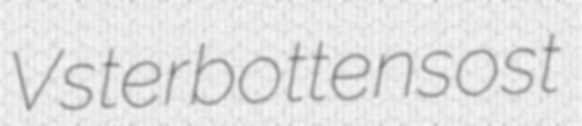
Vsterbottensost